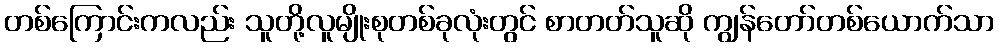
တစ်ကြောင်းကလည်း သူတို့လူမျိုးစုတစ်ခုလုံးတွင် စာတတ်သူဆို ကျွန်တော်တစ်ယောက်သာ